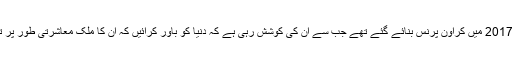
محمد بن سلمان 2017 میں کراؤن پرنس بنائے گئے تھے جب سے ان کی کوشش رہی ہے کہ دنیا کو باور کرائیں کہ ان کا ملک معاشرتی طور پر تبدیل ہو رہا ہے۔